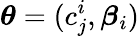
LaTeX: \boldsymbol\theta=(c_{j}^{i},\boldsymbol\beta_{i})